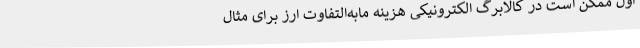
اول ممکن است در کالابرگ الکترونیکی هزینه مابه‌التفاوت ارز برای مثال